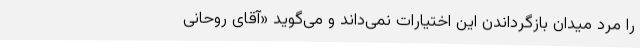
را مرد میدان بازگرداندن این اختیارات نمی‌داند و می‌گوید «آقای روحانی